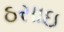
ઠસાઇ